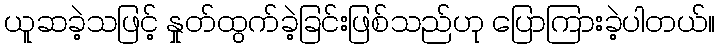
ယူဆခဲ့သဖြင့် နှုတ်ထွက်ခဲ့ခြင်းဖြစ်သည်ဟု ပြောကြားခဲ့ပါတယ်။